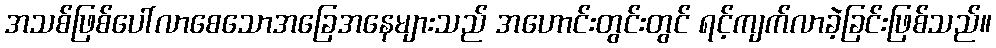
အသစ်ဖြစ်ပေါ်လာစေသောအခြေအနေများသည် အဟောင်းတွင်းတွင် ရင့်ကျက်လာခဲ့ခြင်းဖြစ်သည်။